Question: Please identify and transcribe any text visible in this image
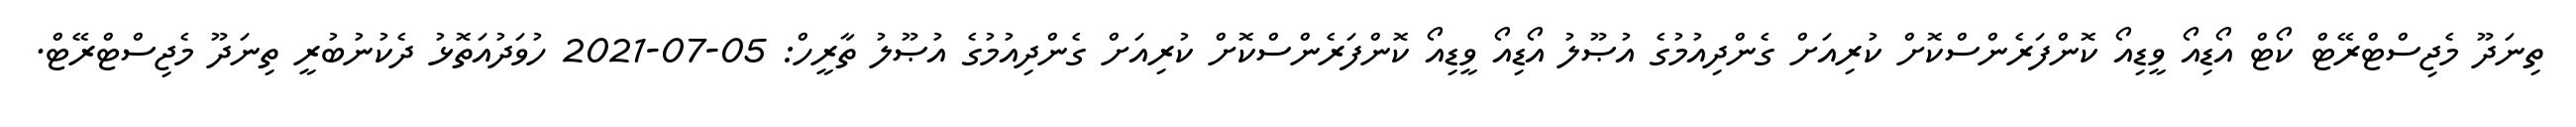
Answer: ތިނަދޫ މެޖިސްޓްރޭޓް ކޯޓް އޯޑިއޯ ވީޑިއޯ ކޮންފަރެންސްކޮށް ކުރިއަށް ގެންދިއުމުގެ އުޞޫލު އޯޑިއޯ ވީޑިއޯ ކޮންފަރެންސްކޮށް ކުރިއަށް ގެންދިއުމުގެ އުޞޫލު ތާރީހް: 05-07-2021 ހުވަދުއަތޮޅު ދެކުނުބުރީ ތިނަދޫ މެޖިސްޓްރޭޓް.